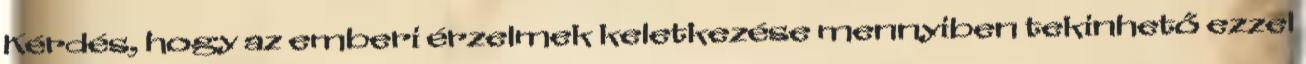
Kérdés, hogy az emberi érzelmek keletkezése mennyiben tekinhető ezzel